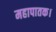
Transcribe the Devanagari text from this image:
महापातक।